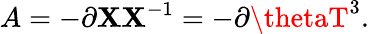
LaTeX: A=-\partial\mathbf{X}\mathbf{X}^{-1}=-\partial\thetaT^{3}.